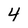
Character: 4